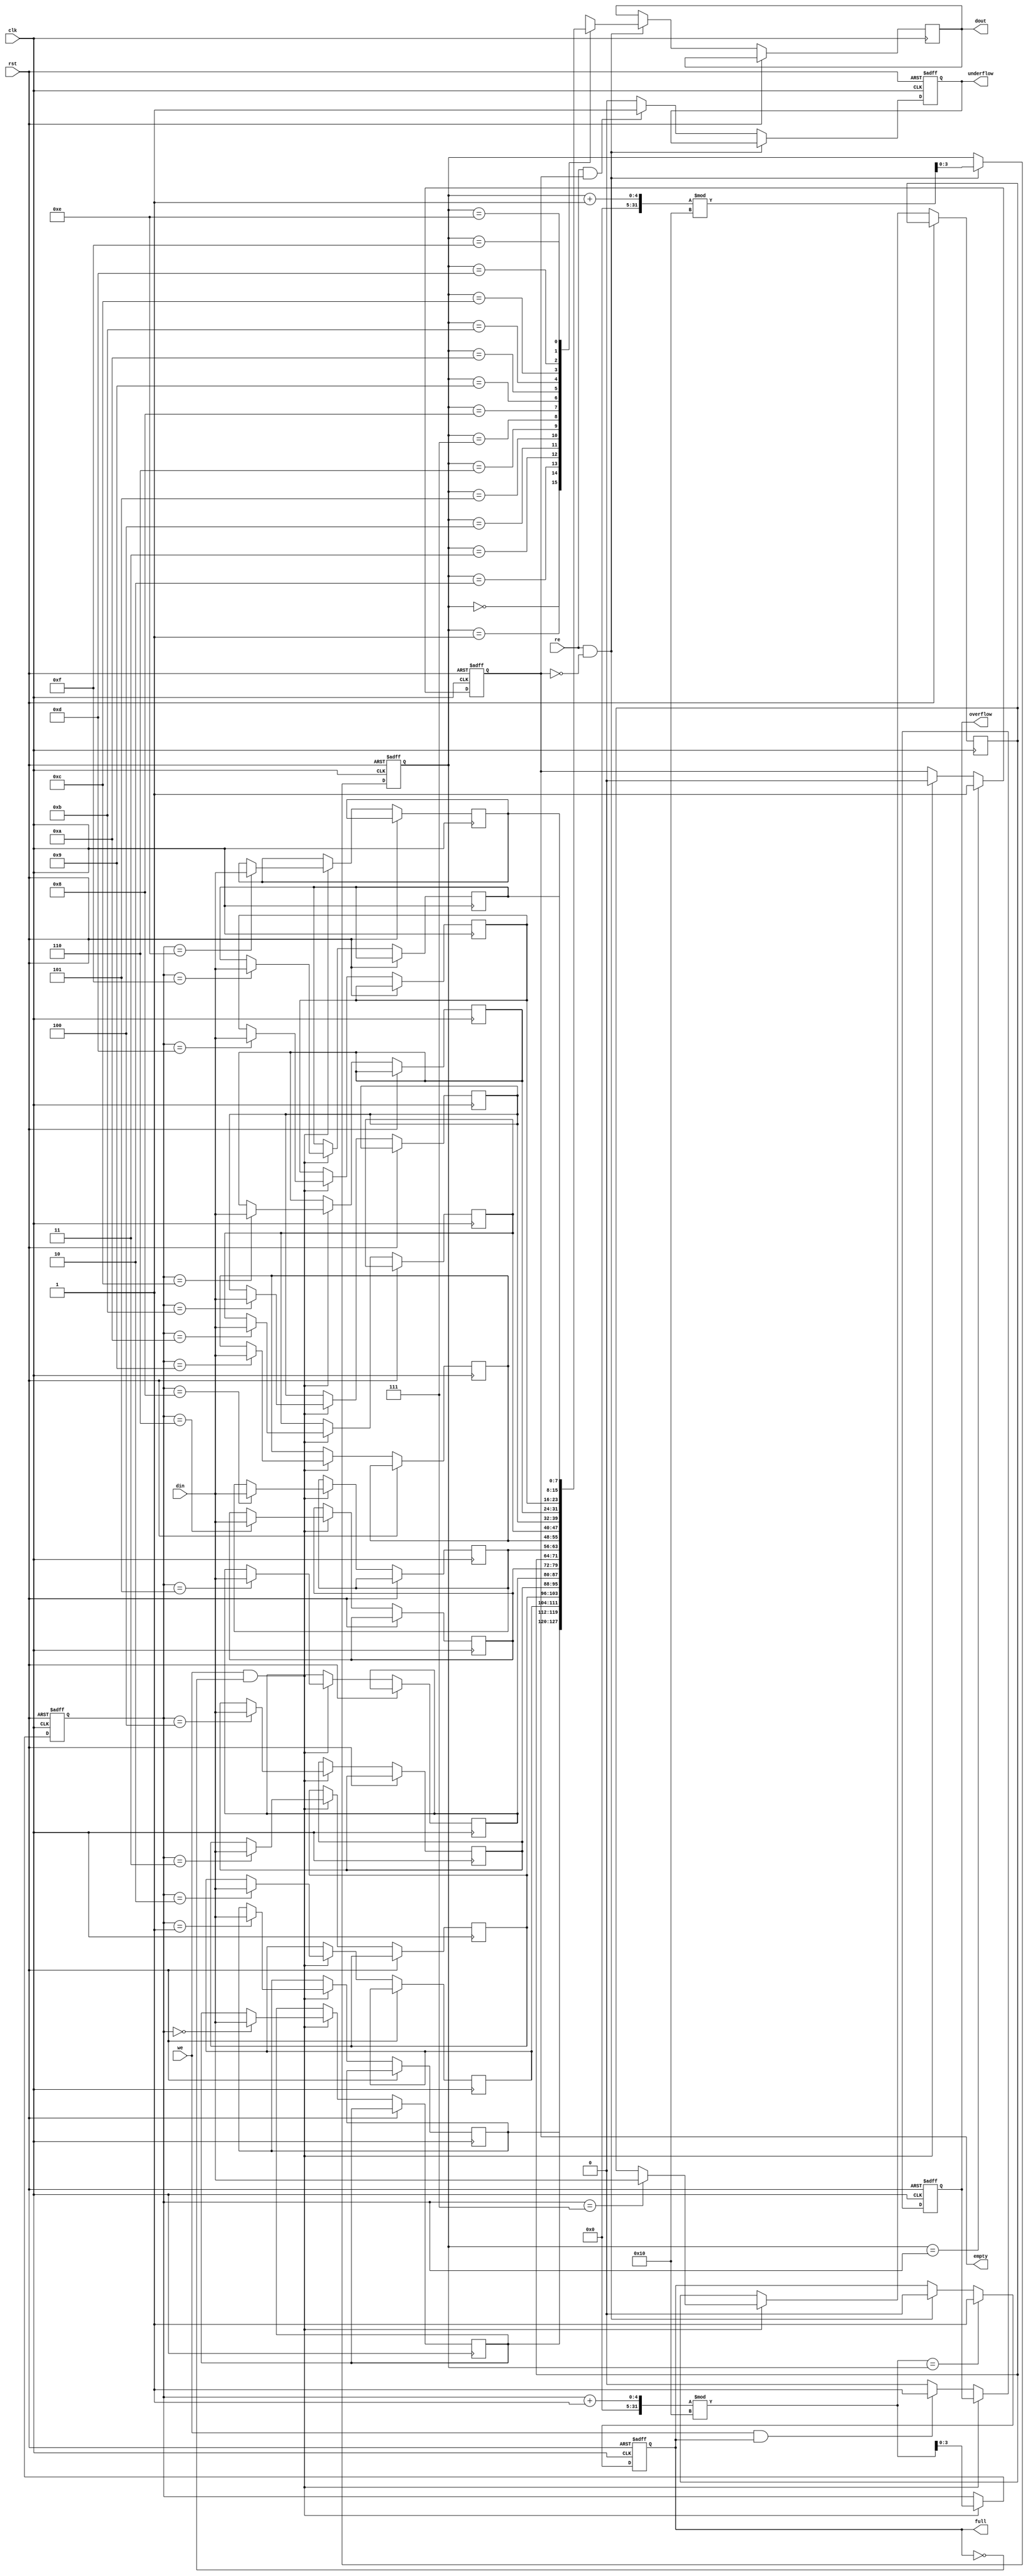
module fifo_sram #(
    parameter DATA_WIDTH = 8,  // Width of data in bits
    parameter DEPTH = 16        // Depth of FIFO (number of entries)
)(
    input wire clk,             // Clock signal
    input wire rst,             // Reset signal
    input wire we,              // Write enable
    input wire re,              // Read enable
    input wire [DATA_WIDTH-1:0] din, // Data input
    output reg [DATA_WIDTH-1:0] dout, // Data output
    output reg full,            // FIFO full indicator
    output reg empty,           // FIFO empty indicator
    output reg overflow,        // Overflow indicator
    output reg underflow        // Underflow indicator
);

    // Memory array
    reg [DATA_WIDTH-1:0] mem [0:DEPTH-1];

    // Pointers for head and tail
    reg [clog2(DEPTH)-1:0] head;
    reg [clog2(DEPTH)-1:0] tail;

    // Function to calculate log2
    function integer clog2;
        input integer value;
        begin
            value = value - 1;
            for (clog2 = 0; value > 0; clog2 = clog2 + 1)
                value = value >> 1;
        end
    endfunction

    // Initial state
    initial begin
        head = 0;
        tail = 0;
        full = 0;
        empty = 1;
        overflow = 0;
        underflow = 0;
    end

    // Synchronous operation
    always @(posedge clk or posedge rst) begin
        if (rst) begin
            head <= 0;
            tail <= 0;
            full <= 0;
            empty <= 1;
            overflow <= 0;
            underflow <= 0;
        end else begin
            // Write operation
            if (we && !full) begin
                mem[tail] <= din; // Write data to memory
                tail <= (tail + 1) % DEPTH; // Increment tail
                empty <= 0; // FIFO is not empty
            end else if (we && full) begin
                overflow <= 1; // Set overflow flag
            end else begin
                overflow <= 0; // Clear overflow flag
            end

            // Read operation
            if (re && !empty) begin
                dout <= mem[head]; // Read data from memory
                head <= (head + 1) % DEPTH; // Increment head
                full <= 0; // FIFO is not full
            end else if (re && empty) begin
                underflow <= 1; // Set underflow flag
            end else begin
                underflow <= 0; // Clear underflow flag
            end

            // Update full and empty flags
            if (head == tail) begin
                empty <= 1; // FIFO is empty
            end
            if ((tail + 1) % DEPTH == head) begin
                full <= 1; // FIFO is full
            end
        end
    end

endmodule